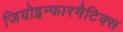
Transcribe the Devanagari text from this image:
जियोइन्फारमैटिक्स